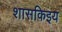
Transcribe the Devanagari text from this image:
शासकिइय